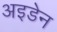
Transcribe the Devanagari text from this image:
अइडेन